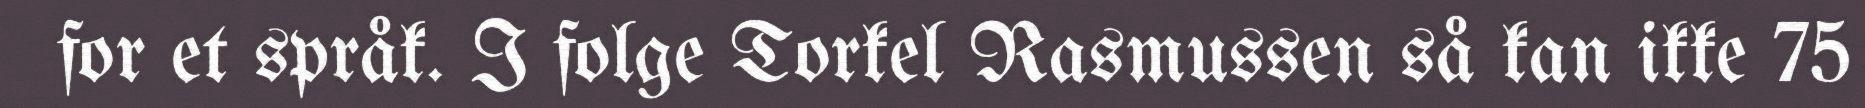
for et språk. I folge Torkel Rasmussen så kan ikke 75